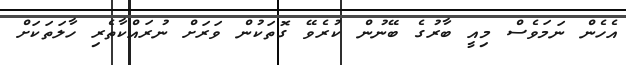
އެހެން ނަމަވެސް މިއީ ބާރުގެ ބޭނުން ކުރެވޭ ގޮތަކުން ވަރަށް ނުރައްކާތެރި ހާލަތަކަށް